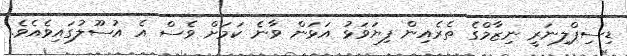
ޑިސިޕްލިނަރީ ނިޒާމްގެ ތެރެއިން ފިޔަވަޅު އަޅަން ވާނެ ކަމަށް ވެސް އެ އުސޫލުގައިވެއެވެ.